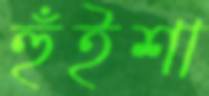
হুঁইশা